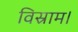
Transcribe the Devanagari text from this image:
विस्राम।